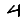
Digit: 4